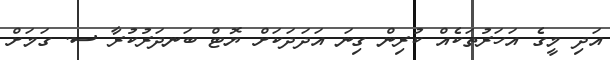
އަދި މީގެ އަހަރުތަކެއް ކުރިން ގިނަ އަދަދަކަށް ޔޮޓް ބަނދަރުކުރާ ސ. ގަމަށް